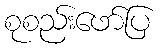
စုစည်းဖော်ပြ